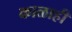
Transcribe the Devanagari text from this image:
काळाही